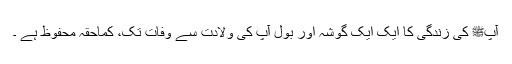
آپﷺ کی زندگی کا ایک ایک گوشہ اور بول آپ کی ولادت سے وفات تک، کماحقہ محفوظ ہے ۔